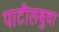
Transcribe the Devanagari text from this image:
पाटीलबुवा